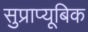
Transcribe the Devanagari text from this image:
सुप्राप्यूबिक